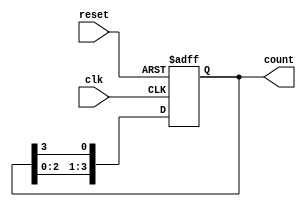
module ring_counter #(
    parameter N = 4  // Parameter to define the number of flip-flops
)(
    input wire clk,   // Clock signal
    input wire reset, // Asynchronous reset signal
    output reg [N-1:0] count // Ring counter output
);

    // Always block triggered on the rising edge of the clock or when reset is high
    always @(posedge clk or posedge reset) begin
        if (reset) begin
            // Initialize the counter to the first state (000...001)
            count <= 1'b1;
        end else begin
            // Rotate the '1' to the next flip-flop
            count <= {count[N-2:0], count[N-1]};
        end
    end

endmodule